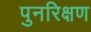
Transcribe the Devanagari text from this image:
पुनरिक्षण